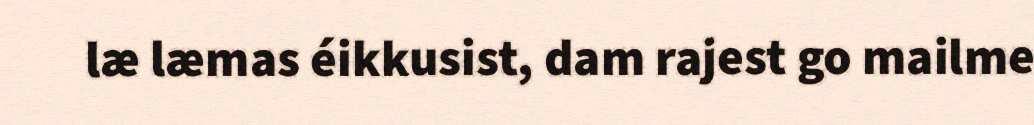
læ læmas éikkusist, dam rajest go mailme